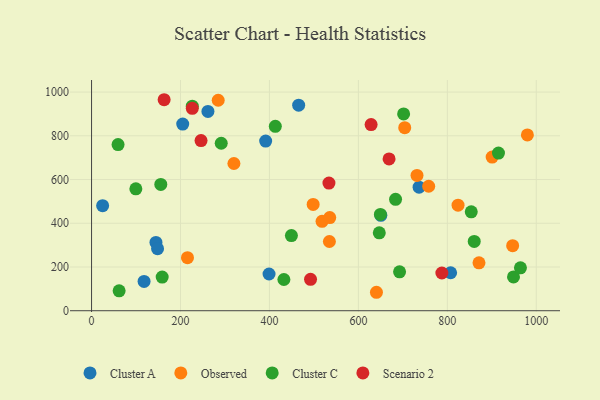
{"axis": {"x": "Engine Size", "y": "Exam Score"}, "legend": ["Cluster A", "Cluster C", "Observed", "Scenario 2"], "data": [{"x": "736.5", "y": 565.0, "type": "Cluster A"}, {"x": "118.1", "y": 133.8, "type": "Cluster A"}, {"x": "144.8", "y": 312.4, "type": "Cluster A"}, {"x": "399.1", "y": 168.0, "type": "Cluster A"}, {"x": "261.7", "y": 911.7, "type": "Cluster A"}, {"x": "807.4", "y": 173.6, "type": "Cluster A"}, {"x": "391.5", "y": 775.7, "type": "Cluster A"}, {"x": "650.5", "y": 436.1, "type": "Cluster A"}, {"x": "24.9", "y": 480.6, "type": "Cluster A"}, {"x": "465.7", "y": 940.2, "type": "Cluster A"}, {"x": "205.0", "y": 853.7, "type": "Cluster A"}, {"x": "148.4", "y": 283.9, "type": "Cluster A"}, {"x": "704.2", "y": 837.4, "type": "Observed"}, {"x": "215.7", "y": 242.7, "type": "Observed"}, {"x": "518.3", "y": 409.0, "type": "Observed"}, {"x": "980.0", "y": 804.0, "type": "Observed"}, {"x": "758.1", "y": 569.2, "type": "Observed"}, {"x": "498.3", "y": 486.0, "type": "Observed"}, {"x": "534.8", "y": 316.7, "type": "Observed"}, {"x": "946.9", "y": 297.3, "type": "Observed"}, {"x": "900.8", "y": 702.5, "type": "Observed"}, {"x": "320.1", "y": 673.4, "type": "Observed"}, {"x": "824.1", "y": 482.8, "type": "Observed"}, {"x": "535.6", "y": 426.1, "type": "Observed"}, {"x": "640.6", "y": 84.4, "type": "Observed"}, {"x": "284.8", "y": 962.6, "type": "Observed"}, {"x": "731.8", "y": 618.7, "type": "Observed"}, {"x": "871.2", "y": 219.2, "type": "Observed"}, {"x": "155.7", "y": 577.8, "type": "Cluster C"}, {"x": "432.5", "y": 142.8, "type": "Cluster C"}, {"x": "291.6", "y": 766.0, "type": "Cluster C"}, {"x": "226.5", "y": 935.5, "type": "Cluster C"}, {"x": "860.5", "y": 317.1, "type": "Cluster C"}, {"x": "915.0", "y": 721.1, "type": "Cluster C"}, {"x": "449.4", "y": 343.7, "type": "Cluster C"}, {"x": "59.6", "y": 759.9, "type": "Cluster C"}, {"x": "99.6", "y": 557.3, "type": "Cluster C"}, {"x": "683.6", "y": 509.3, "type": "Cluster C"}, {"x": "158.8", "y": 154.0, "type": "Cluster C"}, {"x": "692.6", "y": 178.1, "type": "Cluster C"}, {"x": "948.8", "y": 154.5, "type": "Cluster C"}, {"x": "964.4", "y": 196.4, "type": "Cluster C"}, {"x": "701.7", "y": 900.2, "type": "Cluster C"}, {"x": "62.0", "y": 91.1, "type": "Cluster C"}, {"x": "853.8", "y": 452.5, "type": "Cluster C"}, {"x": "649.5", "y": 440.3, "type": "Cluster C"}, {"x": "413.2", "y": 843.2, "type": "Cluster C"}, {"x": "647.0", "y": 356.3, "type": "Cluster C"}, {"x": "492.4", "y": 143.4, "type": "Scenario 2"}, {"x": "787.7", "y": 172.6, "type": "Scenario 2"}, {"x": "533.8", "y": 584.0, "type": "Scenario 2"}, {"x": "246.2", "y": 778.1, "type": "Scenario 2"}, {"x": "163.2", "y": 965.0, "type": "Scenario 2"}, {"x": "669.0", "y": 694.4, "type": "Scenario 2"}, {"x": "226.5", "y": 925.6, "type": "Scenario 2"}, {"x": "628.6", "y": 851.3, "type": "Scenario 2"}]}